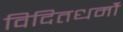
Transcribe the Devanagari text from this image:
विदितधर्मौ